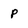
Character: p